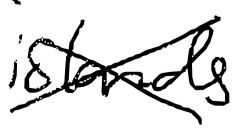
Text: islands
Cross-out: cross
Writing tool: digital_black